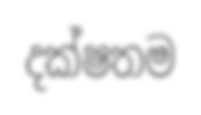
දක්ෂතම